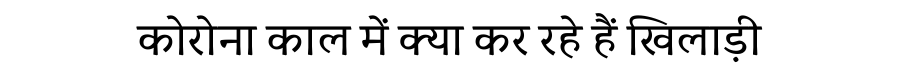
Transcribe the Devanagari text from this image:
कोरोना काल में क्या कर रहे हैं खिलाड़ी